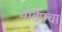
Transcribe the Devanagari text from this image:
मॉडेमचा